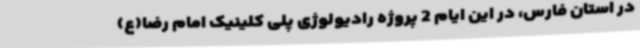
در استان فارس، در این ایام 2 پروژه رادیولوژی پلی کلینیک امام رضا(ع)